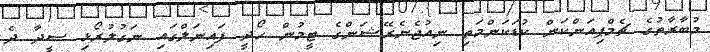
މުބާރާތުގެ ޗެމްޕިއަންކަން ކުޑަކަންމަތި ނިއުޖެނެރޭޝަންގެ ޓީމުން ހޯދީ ފައިނަލްގައި ނަގުލުރޯޅި ސީދާ ދެ